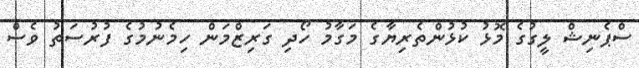
ސްޕެނިޝް ލީގުގެ މޮޅު ކުޅުންތެރިޔާގެ މަގާމު ހޯދި ގަރިޒްމަން ހިމެނުމުގެ ފުރުސަތު ވެސް